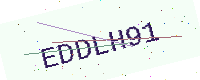
Text: EDDLH91